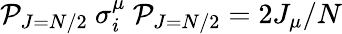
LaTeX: {\cal P}_{J=N/2}~\sigma_{i}^{\mu}~{\cal P}_{J=N/2}=2J_{\mu}/N